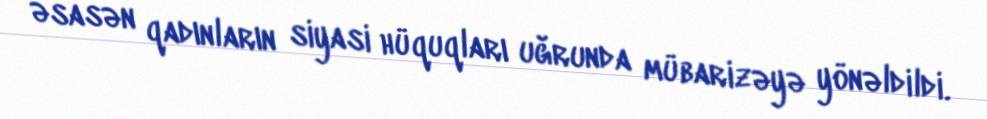
əsasən qadınların siyasi hüquqları uğrunda mübarizəyə yönəldildi.